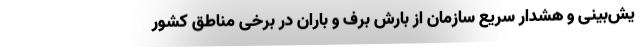
یش‌بینی و هشدار سریع سازمان از بارش برف و باران در برخی مناطق کشور